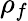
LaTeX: \rho_{f}